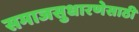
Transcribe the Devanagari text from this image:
समाजसुधारणेसाठी